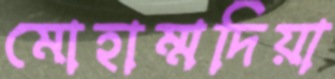
মোহাম্মদিয়া